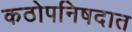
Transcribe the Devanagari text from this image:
कठोपनिषदात